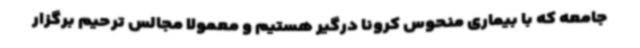
جامعه که با بیماری منحوس کرونا درگیر هستیم و معمولا مجالس ترحیم برگزار